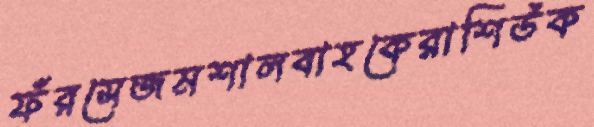
ফঁরসেজমশালবাহকেরাশিউক